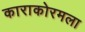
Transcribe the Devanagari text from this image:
काराकोरमला